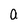
Character: a